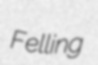
Felling